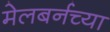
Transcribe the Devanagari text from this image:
मेलबर्नच्या